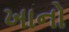
ખાનો